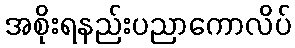
အစိုးရနည်းပညာကောလိပ်